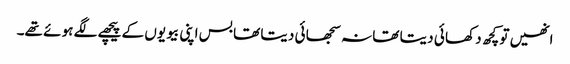
انھیں تو کچھ د کھا ئی د یتا تھا نہ سجھا ئی د یتا تھا بس اپنی بیو یوں کے پیچھے لگے ہو ئے تھے۔